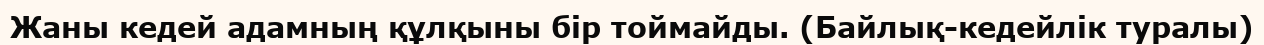
Жаны кедей адамның құлқыны бір тоймайды. (Байлық-кедейлік туралы)